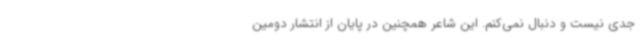
جدی نیست و دنبال نمی‌کنم. این شاعر همچنین در پایان از انتشار دومین